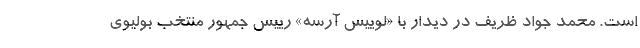
است. محمد جواد ظریف در دیدار با «لوییس آرسه» ‌رییس جمهور منتخب بولیوی